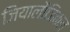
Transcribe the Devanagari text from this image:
जियालौजिकल